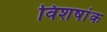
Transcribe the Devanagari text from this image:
विशषांक